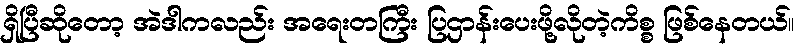
ရှိပြီဆိုတော့ အဲဒါကလည်း အရေးတကြီး ပြဌာန်းပေးဖို့လိုတဲ့ကိစ္စ ဖြစ်နေတယ်။